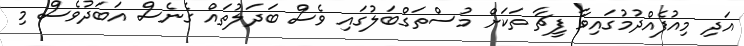
އަދި މިއުފެއްދުމުގައިވާ ފީޗާ ތަކަށް މުސްތަގްބަލުގައި ވެސް ބަދަލުތައް ގެނެސް އަބަދުވެސް މި